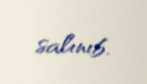
salınıb.